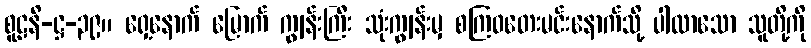
စူဠနိ-ဋ္ဌ-၃၉။ ရှေ့နောက် မြောက် ကျွန်းကြီး သုံးကျွန်းမှ စကြဝတေးမင်းနောက်သို့ ပါလာသော သူတို့ကို